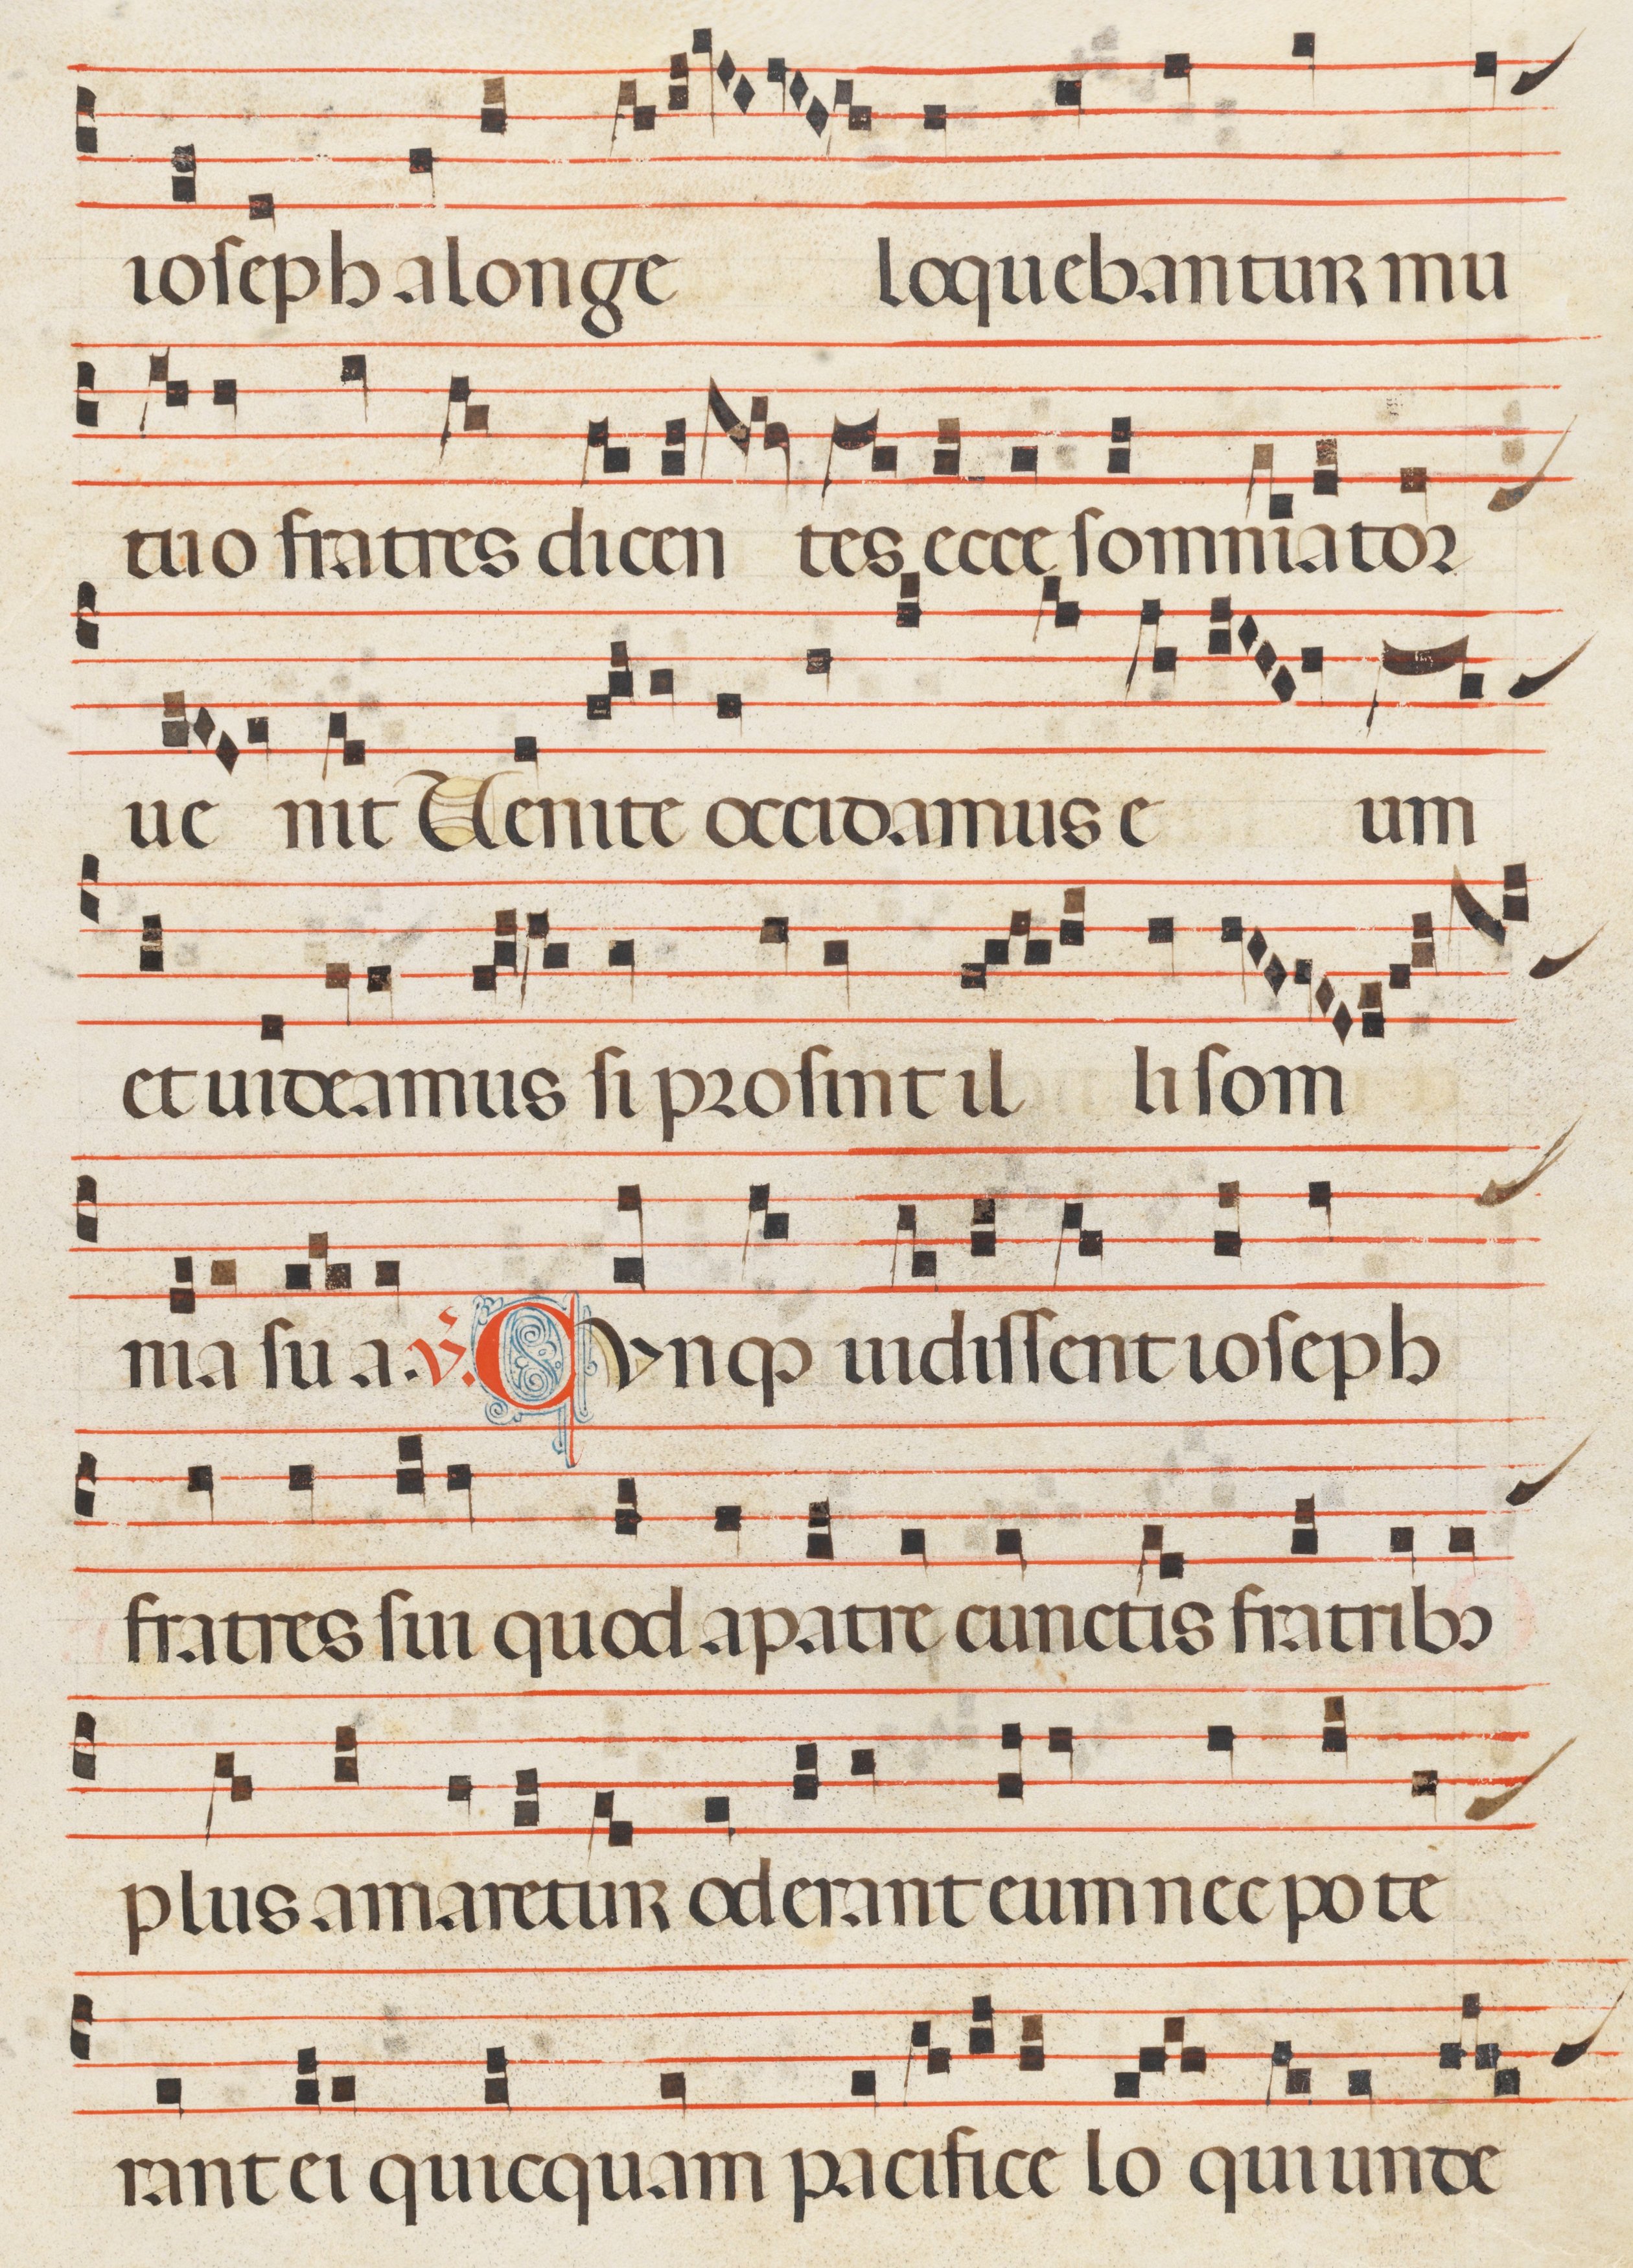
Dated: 1300–1330